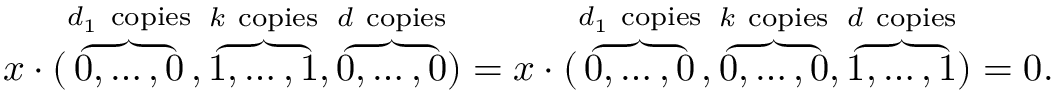
x \cdot ( \overbrace { 0 , \ldots , 0 } ^ { d _ { 1 } \mathrm { ~ c o p i e s } } , \overbrace { 1 , \ldots , 1 } ^ { k \mathrm { ~ c o p i e s } } , \overbrace { 0 , \ldots , 0 } ^ { d \mathrm { ~ c o p i e s } } ) = x \cdot ( \overbrace { 0 , \ldots , 0 } ^ { d _ { 1 } \mathrm { ~ c o p i e s } } , \overbrace { 0 , \ldots , 0 } ^ { k \mathrm { ~ c o p i e s } } , \overbrace { 1 , \ldots , 1 } ^ { d \mathrm { ~ c o p i e s } } ) = 0 .